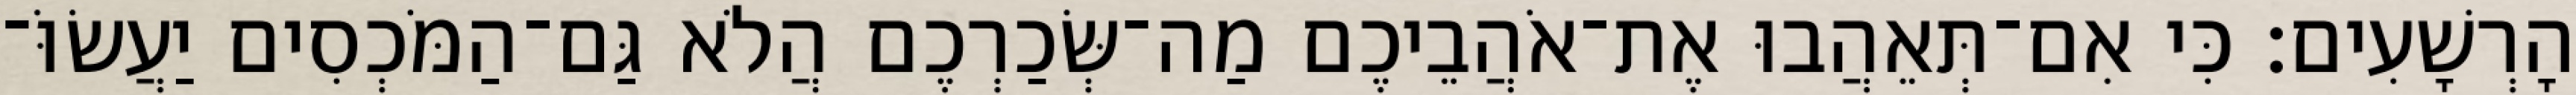
הָרְשָׁעִים׃ כִּי אִם־תְּאֵהֲבוּ אֶת־אֹהֲבֵיכֶם מַה־שְּׂכַרְכֶם הֲלֹא גַּם־הַמֹּכְסִים יַעֲשׂוֹּ־